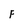
Character: F